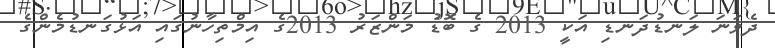
ދެވަނަ ލަނޑުދަނޑި އަކީ 2013 ގެ ބޮޑު މަންޒަރު 2013ގެ އިމްތިހާނުގައި އަޅުގަނޑުމެންގެ